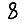
Digit: 8